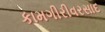
કામગીરીવરસાદ